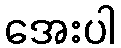
အေးပါ